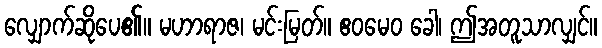
လျှောက်ဆိုပေ၏။ မဟာရာဇ၊ မင်းမြတ်။ ဧဝမေဝ ခေါ၊ ဤအတူသာလျှင်။